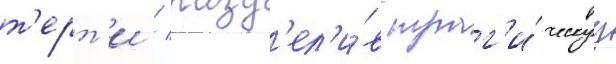
т'ерт'и / разд'ел'и́в траг'и́ческуу